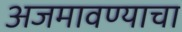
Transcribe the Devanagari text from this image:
अजमावण्याचा